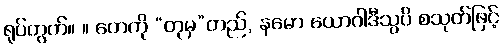
ရုပ်တွက်။ ။ တေကို “တုမှ”တည်, နမော ယောဂါဒီသွပိ စသုတ်ဖြင့်